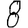
Digit: 8